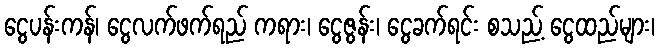
ငွေပန်းကန်၊ ငွေလက်ဖက်ရည် ကရား၊ ငွေဇွန်း၊ ငွေခက်ရင်း စသည့် ငွေထည်များ၊